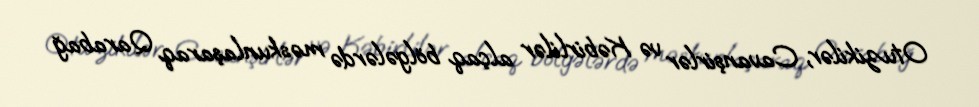
Otuzikilər, Cavanşirlər və Kəbirlilər alçaq bölgələrdə məskunlaşaraq Qarabağ